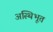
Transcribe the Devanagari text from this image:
अस्थिभूत